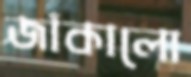
জাঁকালো